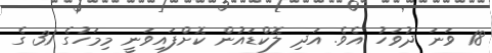
18 ވަނަ ދުވަހު އެވެ. އަދި ލޮކްޑައުން ކޮށްފައިވަނީ މިމަހުގެ 31 ގެ